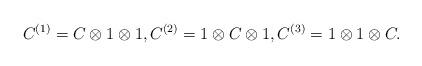
LaTeX: \begin{gather*} C^{(1)}=C\otimes 1\otimes 1, C^{(2)}=1\otimes C\otimes 1, C^{(3)}=1\otimes 1\otimes C.\end{gather*}